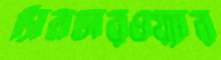
সিলভারওয়্যার